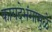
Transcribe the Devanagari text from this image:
कायदेभंगामुळे